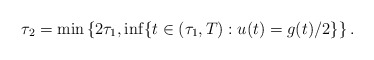
\begin{align*}\tau_2 = \min \left\{ 2 \tau_1, \inf \{ t \in (\tau_1, T) : u(t) = g(t) / 2 \} \right\}.\end{align*}